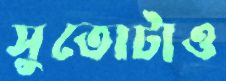
সুতোটাও